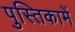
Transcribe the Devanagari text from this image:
पुस्‍तिकामें